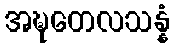
အဍ္ဎတေလသန္နံ